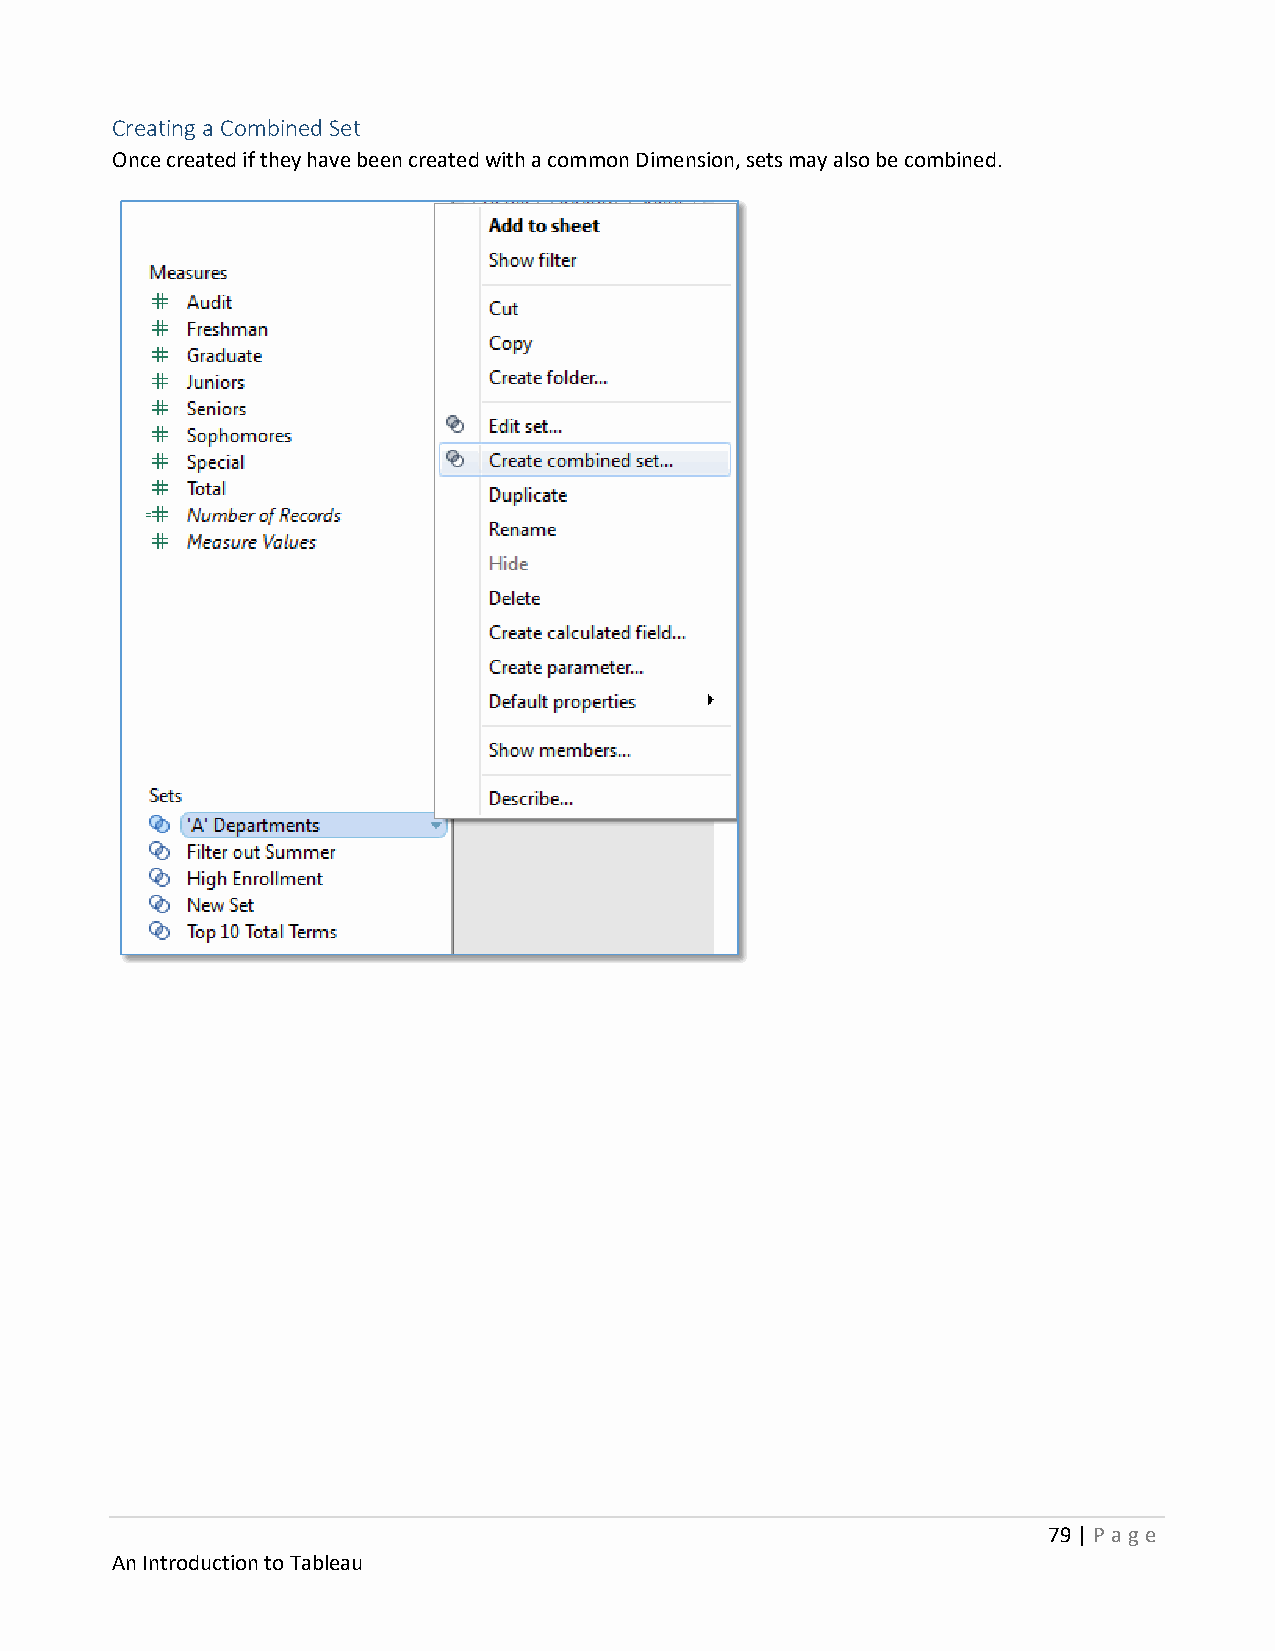
Creating a Combined Set
 Once created if they have been created with a common Dimension, sets may also be combined.
 79 | P age
 An Introduction to Tableau